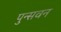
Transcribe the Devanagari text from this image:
पुन्सवन